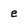
Character: E